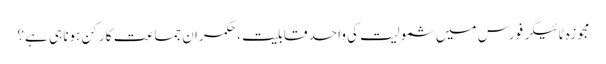
مجوزہ ٹائیگر فورس میں شمولیت کی واحد قابلیت ، حکمران جماعت کا رکن ہونا ہی ہے؟